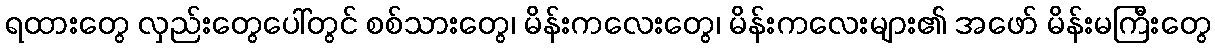
ရထားတွေ လှည်းတွေပေါ်တွင် စစ်သားတွေ၊ မိန်းကလေးတွေ၊ မိန်းကလေးများ၏ အဖော် မိန်းမကြီးတွေ